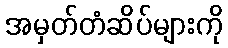
အမှတ်တံဆိပ်များကို